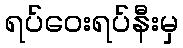
ရပ်ဝေးရပ်နီးမှ